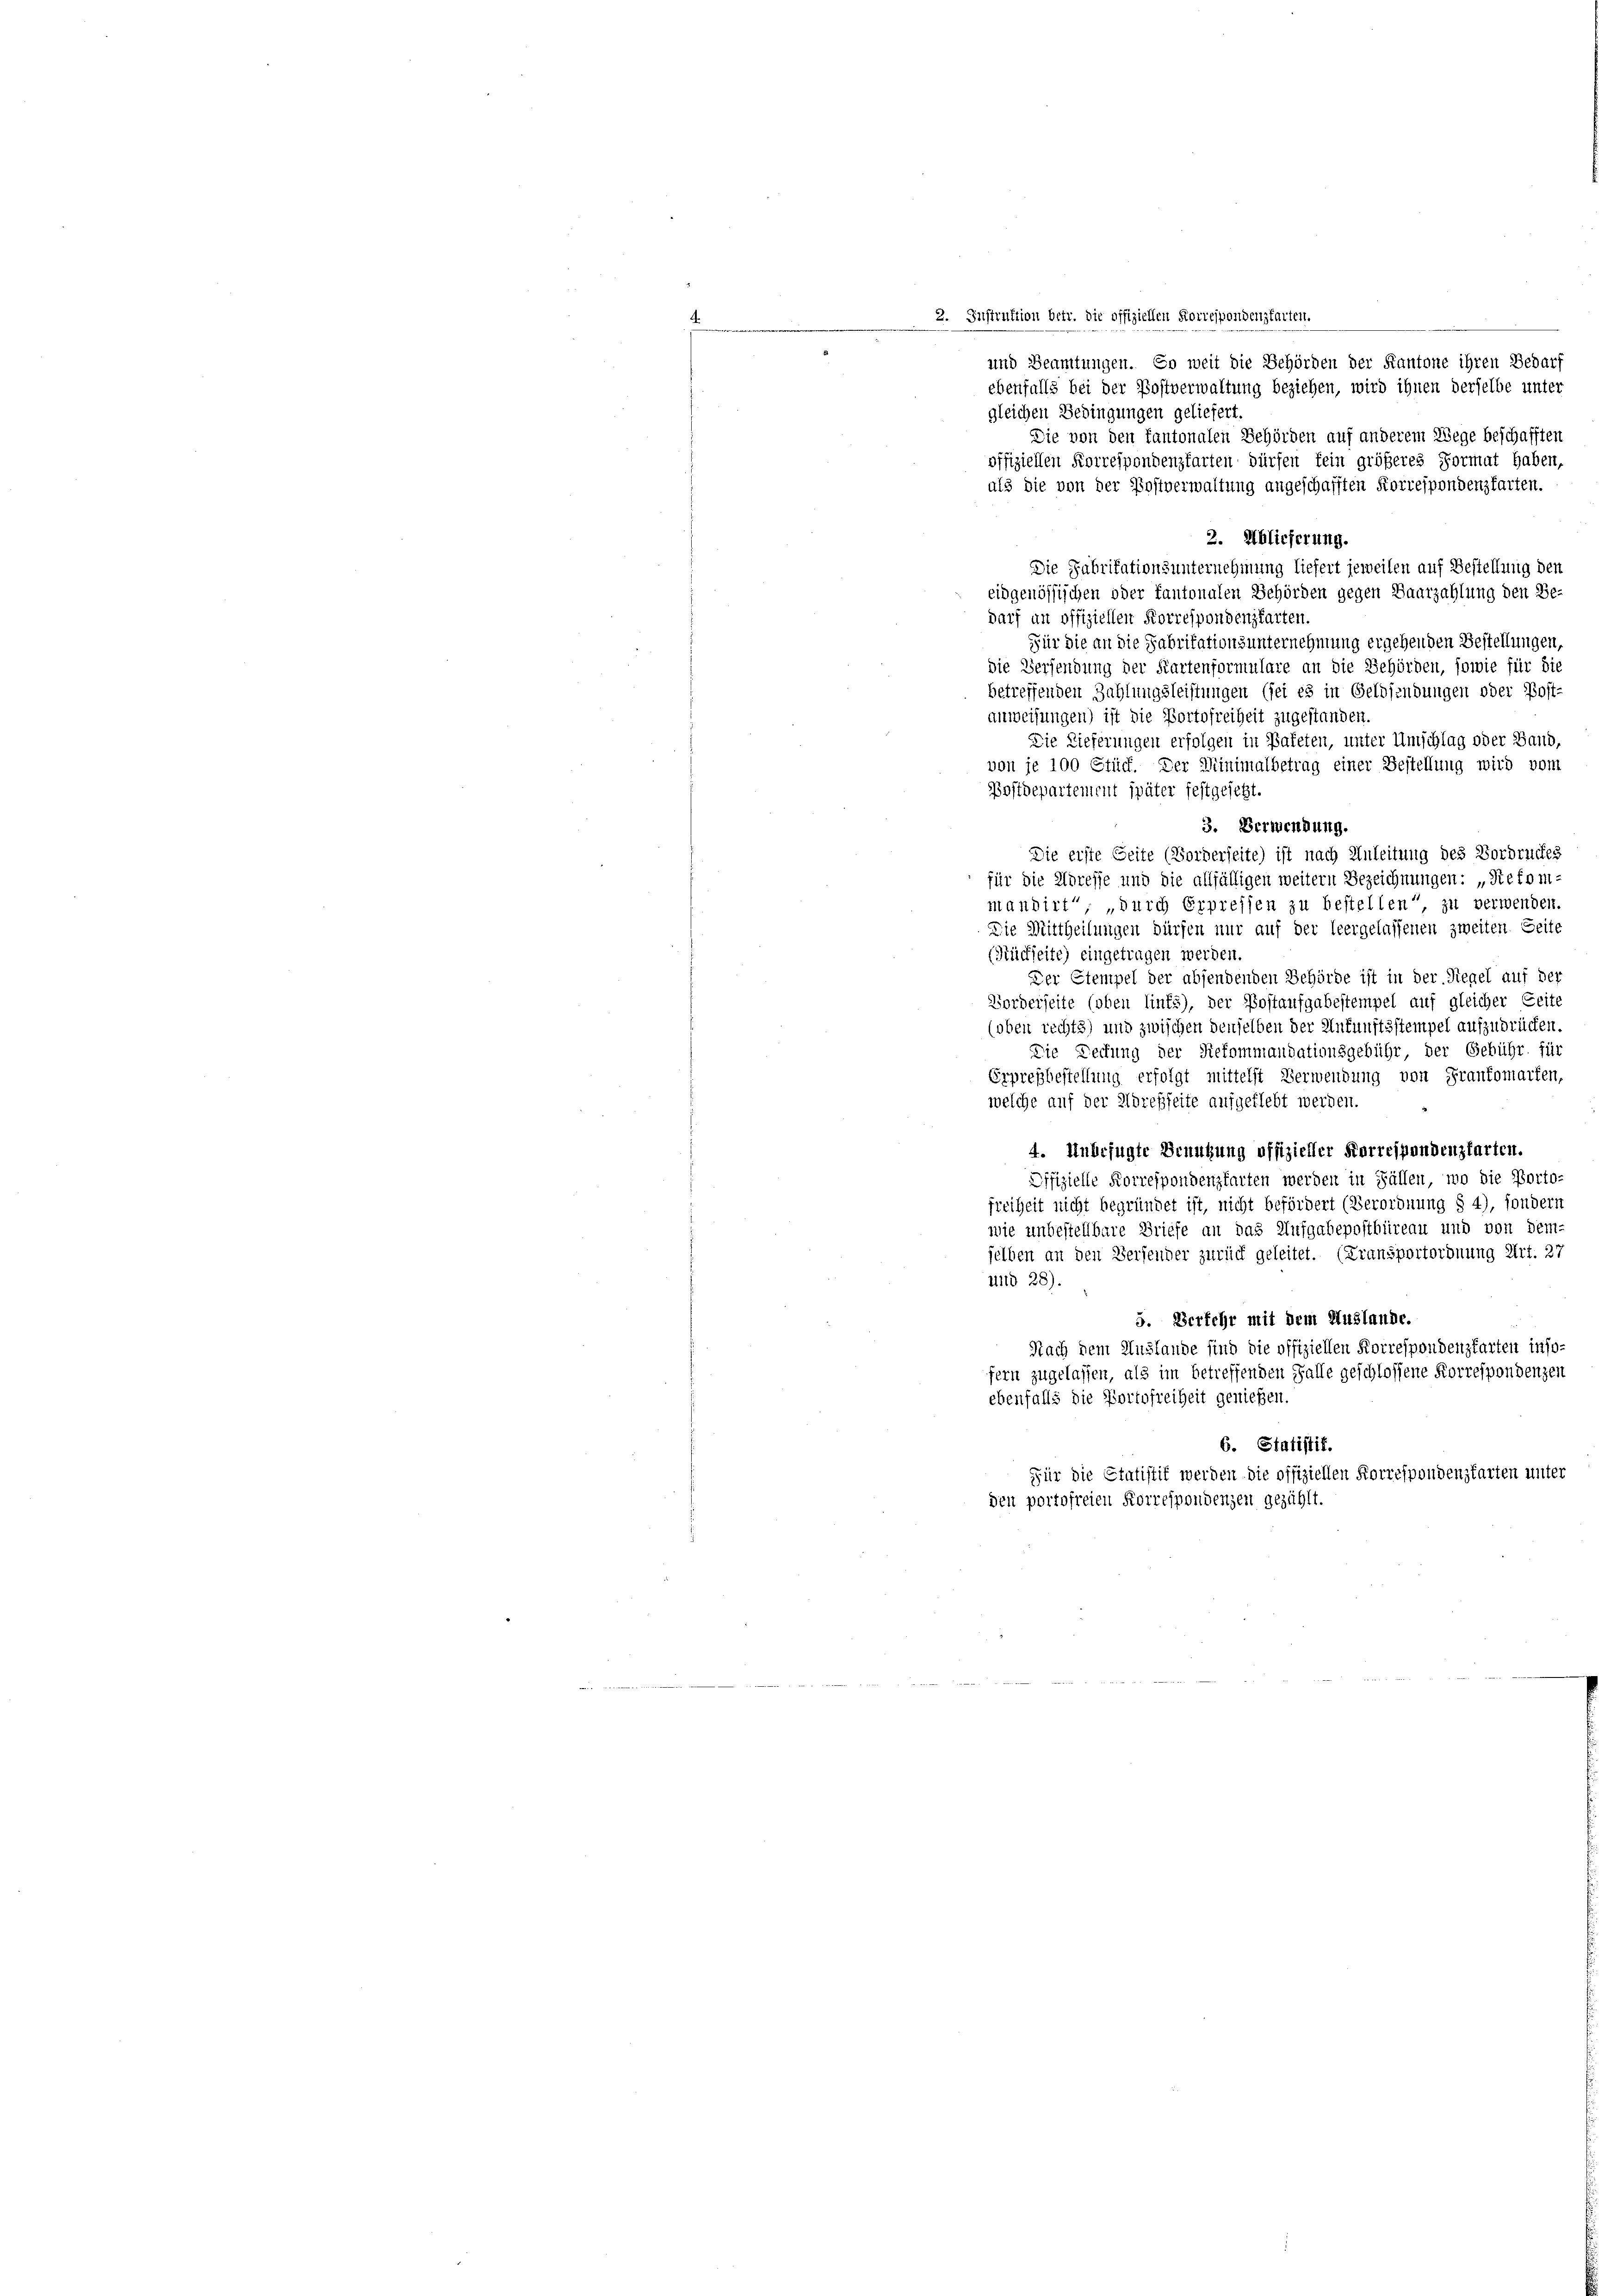
2. Instruktion betr. die offiziellen Korrespondenzkarten.
und Beamtungen. So weit die Behörden der Kantone ihren Bedarf
ebenfalls bei der Postverwaltung beziehen, wird ihnen derselbe unter
gleichen Bedingungen geliefert.
Die von den kantonalen Behörden auf anderem Wege beschafften
offiziellen Korrespondenzfarten dürfen kein größeres Format haben,
als die von der Postverwaltung angeschafften Korrespondenzfarten.
2. Ablieferung.
Die Fabritationsunternehmung liefert jeweilen auf Bestellung den
eidgenössischen oder kantonalen Behörden gegen Baarzahlung den Be-
darf an offiziellen Korrespondenzkarten.
Für die an die Fabrikationsunternehmung ergehenden Bestellungen,
Die Versendung der Kartenformulare an die Behörden, sowie für die
betreffenden Zahlungsleistungen (sei es in Geldsendungen oder Post-
anweisungen) ist die Portofreiheit zugestanden.
Die Lieferungen erfolgen in Bafeten, unter Umschlag oder Band,
von je 100 Stück. Der Minimalbetrag einer Bestellung wird vom
Bostdepartement später festgesetzt.
3. Verwendung.
Die erste Seite (Forderseite) ist nach Anleitung des Vordruckes
für die Adresse und die allfälligen weitern Bezeichnungen: „Kefom-
mandirt, durch Erpressen zu bestellen, zu verwenden.
Die Mittheilungen dürfen nur auf der Heergelassenen zweiten. Seite
(Rückseite) eingetragen werden.
Der Stempel der absendenden Behörde ist in der Regel auf der
Vorderseite (oben links), der Postaufgabestempel auf gleicher Zeite
(oben recht 3) und zwischen denselben der Ankunftsstempel aufzudrücken.
Die Deckung der Riekommandationsgebühr der Gebühr. für
Erpresbestellung erfolgt mittelst Verwendung von Frankomarten,
welche auf der Adresseite aufgeklebt werden.
4. Unbefugte Benutzung offizieller Korrespandenzkarten.
Offizielle Korrespondenzkarten werden in Fällen, wo die Porto-
freiheit nicht begründet ist, nicht befördert (Verordnung § 4), sondern
wie unbestellbare Briefe an das Aufgabepostbüreau und von dem-
selben an den Versender zurück geleitet. (Fransportordnung Art. 27
uid 28).
5. Verfehr mit dem Auslande.
Nach dem Auslande sind die offiziellen Korrespondenzkarten inso-
fern zugelassen, als im betreffenden Falle geschlossene Korrespondenzen
ebenfalls die Portofreiheit genießen.
6. Statistik.
Für die Etatistik werden die offiziellen Korrespondenzkarten unter
den portofreien Korrespondenzen gezählt.

.